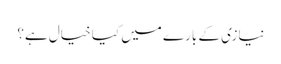
نیازی کے بارے میں کیا خیال ہے؟